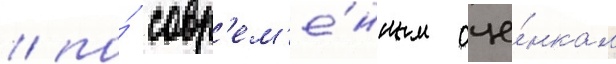
/ по́ совр'ем'е́нным оце́нкам